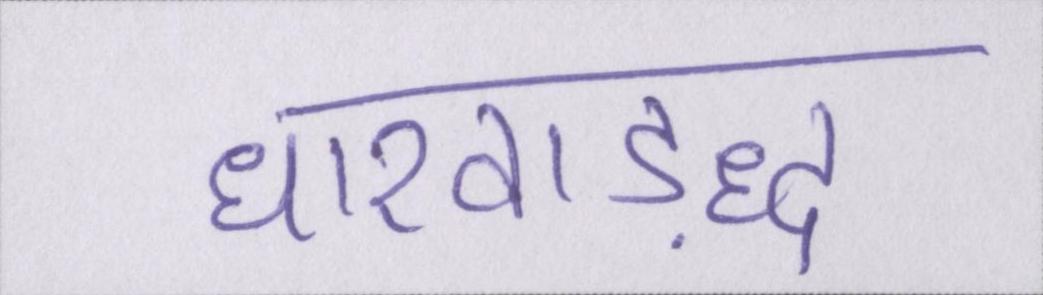
धारवाड़द्ध